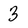
Character: 3